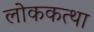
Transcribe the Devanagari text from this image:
लोककत्था